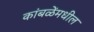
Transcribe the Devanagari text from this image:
कांबळेंमधील